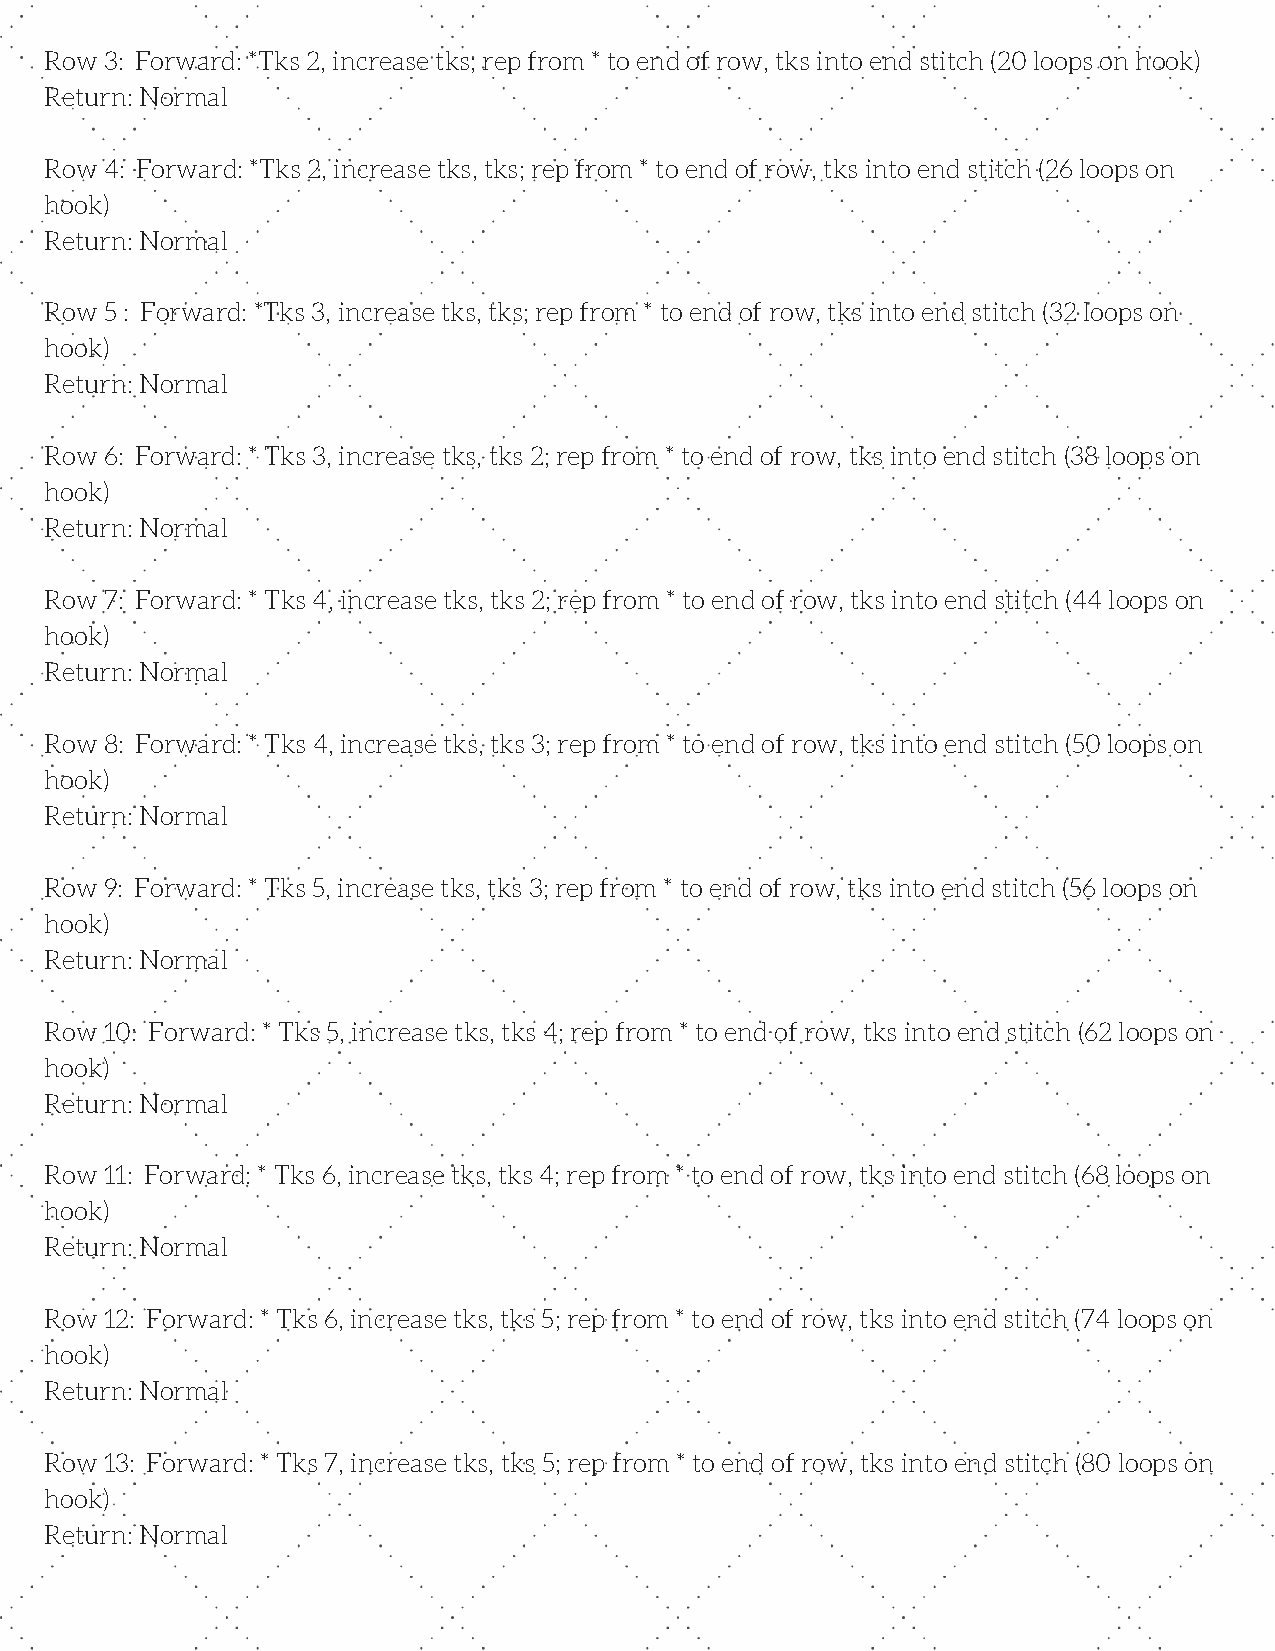
Row 3: Forward: *Tks 2, increase tks; rep from * to end of row, tks into end stitch (20 loops on hook)
 Return: Normal
 Row 4: Forward: *Tks 2, increase tks, tks; rep from * to end of row, tks into end stitch (26 loops on
 hook)
 Return: Normal
 Row 5 : Forward: *Tks 3, increase tks, tks; rep from * to end of row, tks into end stitch (32 loops on
 hook)
 Return: Normal
 Row 6: Forward: * Tks 3, increase tks, tks 2; rep from * to end of row, tks into end stitch (38 loops on
 hook)
 Return: Normal
 Row 7: Forward: * Tks 4, increase tks, tks 2; rep from * to end of row, tks into end stitch (44 loops on
 hook)
 Return: Normal
 Row 8: Forward: * Tks 4, increase tks, tks 3; rep from * to end of row, tks into end stitch (50 loops on
 hook)
 Return: Normal
 Row 9: Forward: * Tks 5, increase tks, tks 3; rep from * to end of row, tks into end stitch (56 loops on
 hook)
 Return: Normal
 Row 10: Forward: * Tks 5, increase tks, tks 4; rep from * to end of row, tks into end stitch (62 loops on
 hook)
 Return: Normal
 Row 11: Forward: * Tks 6, increase tks, tks 4; rep from * to end of row, tks into end stitch (68 loops on
 hook)
 Return: Normal
 Row 12: Forward: * Tks 6, increase tks, tks 5; rep from * to end of row, tks into end stitch (74 loops on
 hook)
 Return: Normal
 Row 13: Forward: * Tks 7, increase tks, tks 5; rep from * to end of row, tks into end stitch (80 loops on
 hook)
 Return: Normal